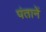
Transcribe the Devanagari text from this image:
पंतानें